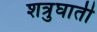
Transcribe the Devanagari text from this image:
शत्रुघाती